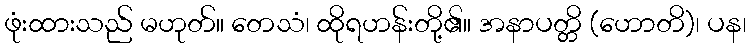
ဖုံးထားသည် မဟုတ်။ တေသံ၊ ထိုရဟန်းတို့၏။ အနာပတ္တိ (ဟောတိ)၊ ပန၊